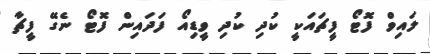
ލައިވް ފޮޓޯ ފީޗައަކީ ކުދި ކުދި ވީޑިއޯ ފަދައިން ފޮޓޯ ނެގޭ ފީޗާ